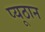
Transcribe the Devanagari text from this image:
प्यूठान